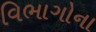
વિભાગોના